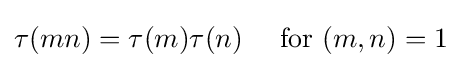
\tau (mn)=\tau (m)\tau (n)\quad {\text{ for }}(m,n)=1